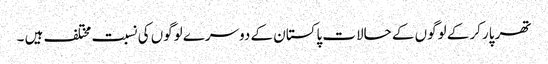
تھر پارکر کے لوگوں کے حالات پاکستان کے دوسرے لوگوں کی نسبت مختلف ہیں ۔